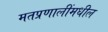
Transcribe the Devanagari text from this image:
मतप्रणालींमधील